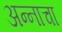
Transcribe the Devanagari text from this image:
अन्‍नाचा